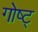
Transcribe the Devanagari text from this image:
गोष्ट्